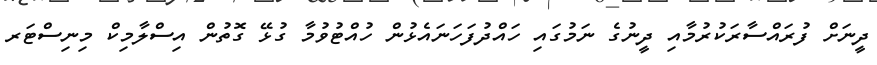
ދީނަށް ފުރައްސާރަކުރުމާއި ދީނުގެ ނަމުގައި ހައްދުފަހަނައެޅުން ހުއްޓުވުމާ ގުޅޭ ގޮތުން އިސްލާމިކް މިނިސްޓަރ